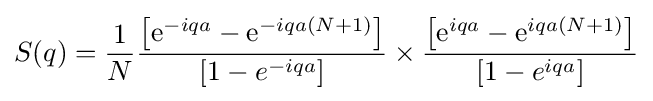
S(q)={\frac {1}{N}}{\frac {\left[{\rm {e}}^{-iqa}-{\rm {e}}^{-iqa(N+1)}\right]}{\left[1-e^{-iqa}\right]}}\times {\frac {\left[{\rm {e}}^{iqa}-{\rm {e}}^{iqa(N+1)}\right]}{\left[1-e^{iqa}\right]}}